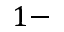
1 -